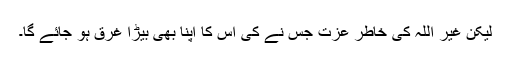
لیکن غیر اللہ کی خاطر عزت جس نے کی اس کا اپنا بھی بیڑا غرق ہو جائے گا۔